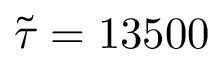
\Tilde { \tau } = 1 3 5 0 0